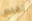
تقلص